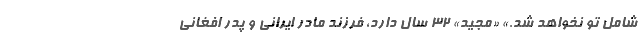
شامل تو نخواهد شد.» «مجيد» ۳۲ سال دارد، فرزند مادر ايراني و پدر افغاني